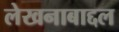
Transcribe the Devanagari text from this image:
लेखनाबाद्दल